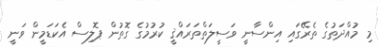
މި މުއްދަތުގެ ތެރޭގައި އިންސާނީ ވަސީލަތްތަރައްޤީ ކުރުމުގެ ގޮތުން ޕޮލިސް އެކަޑަމީން ވަނީ